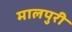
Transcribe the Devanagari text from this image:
मालपुरी